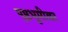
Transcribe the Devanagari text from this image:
पृष्ठभूमीवर